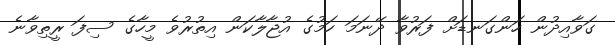
ގަވާއިދުން ހަންގަނޑަށް ފަރުވާ ދޭނަމަ ހަމުގެ އުޖާލާކަން އިތުރުވެ މީހާގެ ސިފަ ރީތިވާނެ